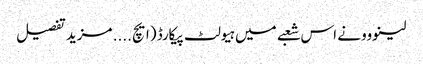
لینووو نے اس شعبے میں ہیولٹ پیکارڈ (ایچ .... مزید تفصیل